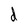
Character: d